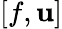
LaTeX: [f,\mathbf{u}]